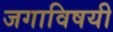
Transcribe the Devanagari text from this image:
जगाविषयी